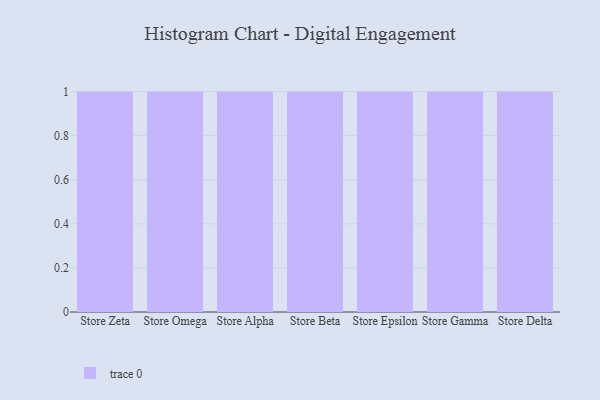
{"axis": {"x": "Store", "y": "Backlog"}, "legend": [""], "data": [{"x": "Store Zeta", "y": 38, "type": ""}, {"x": "Store Omega", "y": 42, "type": ""}, {"x": "Store Alpha", "y": 54, "type": ""}, {"x": "Store Beta", "y": 84, "type": ""}, {"x": "Store Epsilon", "y": 13, "type": ""}, {"x": "Store Gamma", "y": 7, "type": ""}, {"x": "Store Delta", "y": 27, "type": ""}]}